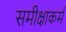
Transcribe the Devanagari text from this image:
समीक्षाकर्म